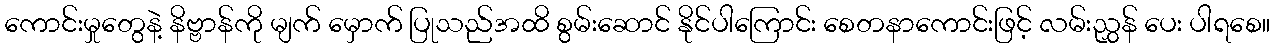
ကောင်းမှုတွေနဲ့ နိဗ္ဗာန်ကို မျက် မှောက် ပြုသည်အထိ စွမ်းဆောင် နိုင်ပါကြောင်း စေတနာကောင်းဖြင့် လမ်းညွှန် ပေး ပါရစေ။